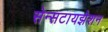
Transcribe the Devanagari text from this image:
सेन्सटायझेशन